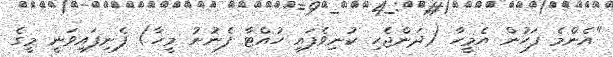
"އެންމެ ފަހުން އެމީހާ (ދަންޖެހި ކުނިވެފައި ހުއްޓާ ފެނުނު މީހާ) ފެނިފައިވަނީ މީގެ